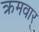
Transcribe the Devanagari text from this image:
क्रमवार्